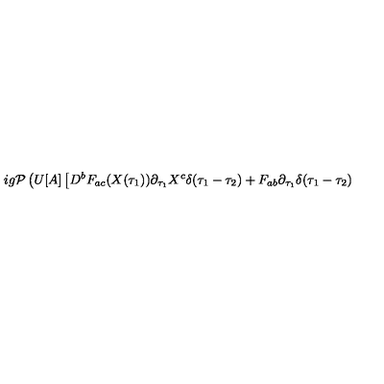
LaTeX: i g { \cal P } \left( U [ A ] \left[ D ^ { b } F _ { a c } ( X ( \tau _ { 1 } ) ) \partial _ { \tau _ { 1 } } X ^ { c } \delta ( \tau _ { 1 } - \tau _ { 2 } ) + F _ { a b } \partial _ { \tau _ { 1 } } \delta ( \tau _ { 1 } - \tau _ { 2 } ) \right. \right.